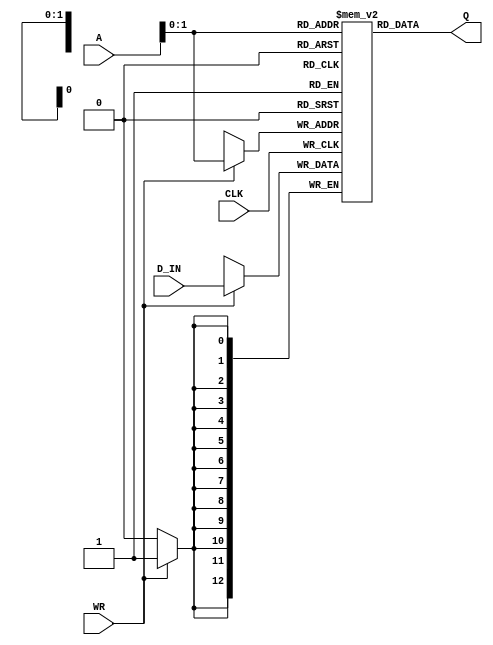
module Instruction_Memory (CLK, WR, A, D_IN, Q);
input CLK, WR;
input [3:0] A;
input [12:0] D_IN;

output [12:0] Q;
reg    [12:0] SRAM [3:0];

initial begin
    SRAM[0] = 13'b1100000_10_01_11; //BRZ R1 1011
    SRAM[1] = 13'b0000010_11_11_10; //ADD R3 <-R3 R0
    SRAM[2] = 13'b0000110_01_01_01; //DECREMENT R1 R1, R1 <- R1 -1
    SRAM[3] = 13'b1110000_00_10_00; //JUMP R2
    SRAM[5] = 13'b1000010_00_00_00; //ADDI R0 R0 00
    SRAM[6] = 13'b1000010_01_01_01; //ADDI R1 R1 01
    SRAM[7] = 13'b0010000_00_00_00; //LOAD R0 R0
    SRAM[8] = 13'b0010000_01_01_00; //LOAD R1 R1
    SRAM[9] = 13'b1000010_10_10_00; //ADDI R2 R2 00
    SRAM[10] = 13'b1100000_10_01_11; //JUMP R2
    SRAM[11] = 13'b1100000_10_01_11; //STORE R2 R3

end
always @(posedge CLK) begin
    if(WR)
    SRAM[A[3:0]] <= D_IN;
end
    assign Q = SRAM[A [3:0]];
endmodule